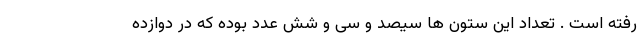
رفته است . تعداد این ستون ها سیصد و سی و شش عدد بوده که در دوازده